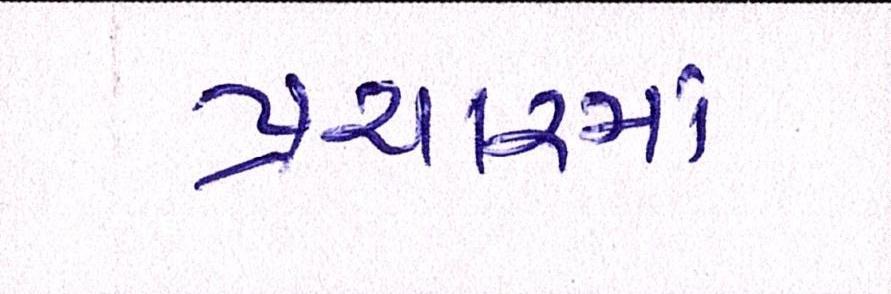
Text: પ્રચારમાં